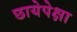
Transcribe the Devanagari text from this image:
छायेपेक्षा